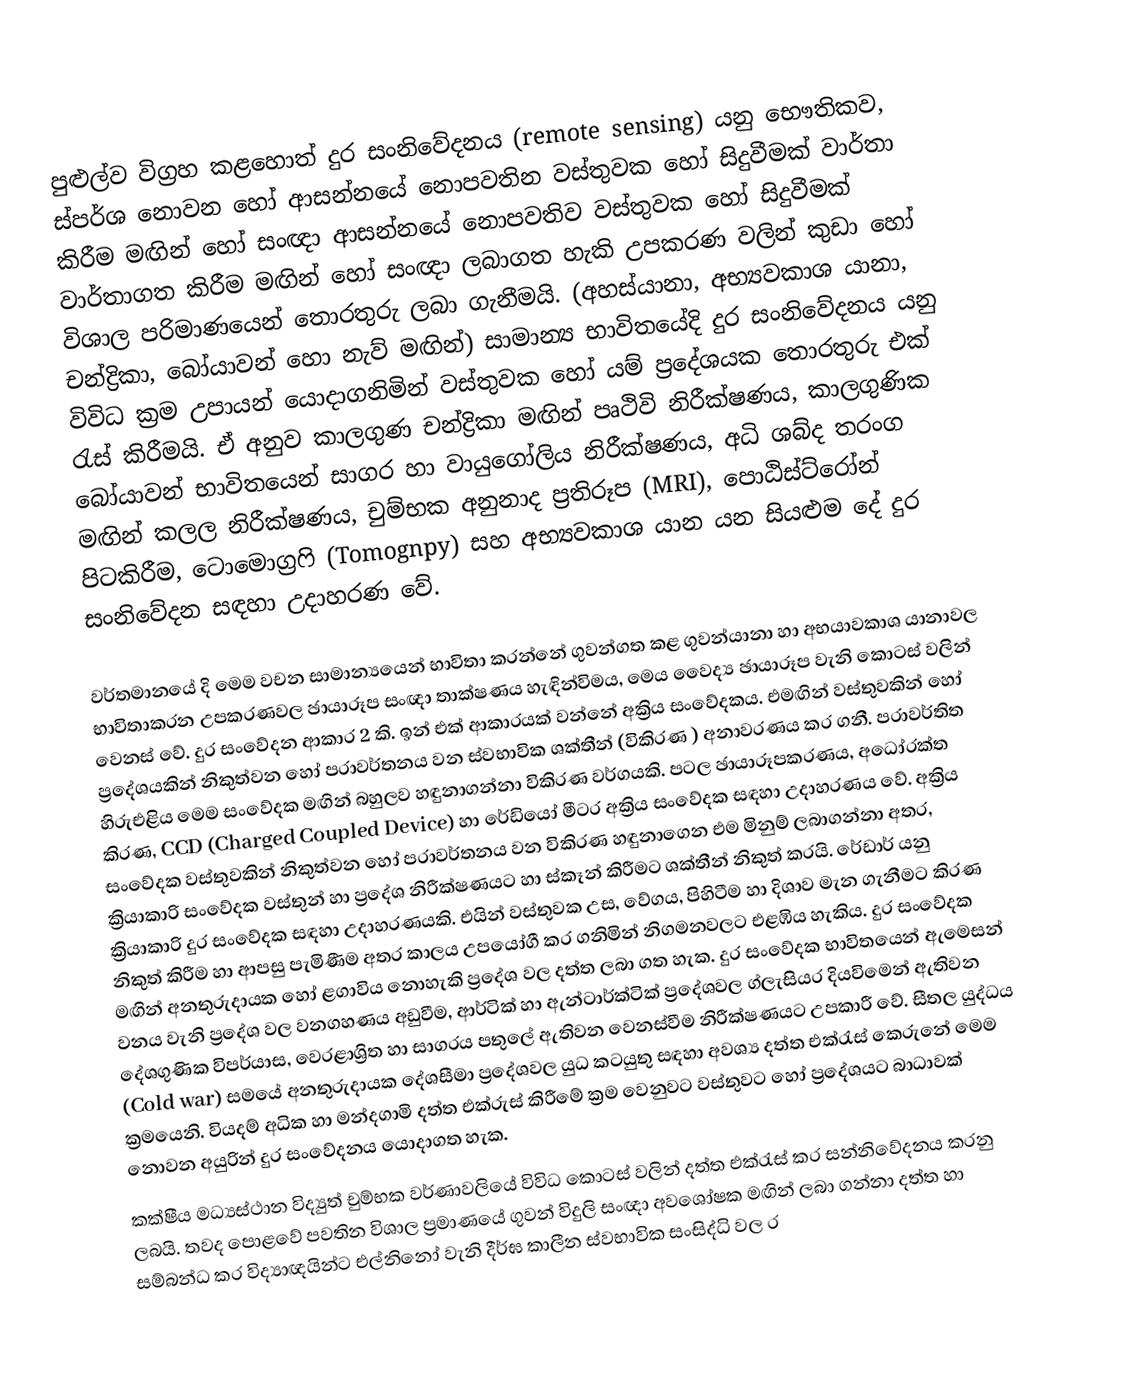
පුළුල්ව විග්‍රහ කළහොත් දුර සංනිවේදනය (remote sensing) යනු භෞතිකව, ස්පර්ශ නොවන හෝ ආසන්නයේ නොපවතින වස්තුවක ‍හෝ සිදුවීමක් වාර්තා කිරීම මඟින් හෝ සංඥා ආසන්නයේ නොපවතිව වස්තුවක හෝ සිදුවීමක් වාර්තාගත කිරීම මඟින් ‍හෝ සංඥා ලබාගත හැකි උපකරණ වලින් කුඩා හෝ විශාල පරිමාණයෙන් තොරතුරු ලබා ගැනීමයි. (අහස්යානා, අභ්‍යවකාශ යානා, චන්ද්‍රිකා, බෝයාවන් හො නැව් මඟින්) සාමාන්‍ය භාවිතයේදි දුර සංනිවේදනය යනු විවිධ ක්‍රම උපායන් යොදාගනිමින් වස්තුවක හෝ යම් ප්‍රදේශයක තොරතුරු එක් රැස් කිරීමයි. ඒ අනුව කාලගුණ චන්ද්‍රිකා මඟින් පෘථිවි නිරීක්ෂණය, කාලගුණික බෝයාවන් භාවිතයෙන් සාගර හා වායුගෝලිය නිරීක්ෂණය, අධි ශබ්ද තරංග මඟින් කලල නිරීක්ෂණය, චුම්භක අනුනාද ප්‍රතිරූප (MRI), පොඨිස්ට්රෝන් පිටකිරීම, ටොමොග්‍රෆි (Tomognpy) සහ අභ්‍යවකාශ යාන යන සියළුම දේ දුර සංනිවේදන සඳහා උදාහරණ වේ.

වර්තමානයේ දි මෙම වචන සාමාන්‍යයෙන් භාවිතා කරන්නේ ගුවන්ගත කළ ගුවන්යානා හා අභයාවකාශ යානාවල භාවිතාකරන උපකරණවල ඡායාරූප සංඥා තාක්ෂණය හැඳින්විමය, මෙය වෛද්‍ය ඡායාරූප වැනි කොටස් වලින් වෙනස් වේ. දුර සංවේදන ආකාර 2 කි. ඉන් එක් ආකාරයක් වන්නේ අක්‍රිය සංවේදකය. එමඟින් වස්තුවකින් හෝ ප්‍රදේශයකින් නිකුත්වන හෝ පරාවර්තනය වන ස්වභාවික ශක්තීන් (විකිරණ ) අනාවරණය කර ගනී. පරාවර්තිත හිරුඑළිය මෙම සංවේදක මඟින් බහුලව හඳුනාගන්නා විකිරණ වර්ගයකි. පටල ඡායාරූපකරණය, අධෝරක්ත කිරණ, CCD (Charged Coupled Device) හා රේඩියෝ මීටර අක්‍රිය සංවේදක සඳහා උදාහරණය වේ. අක්‍රිය සංවේදක වස්තුවකින් නිකුත්වන හෝ පරාවර්තනය වන විකිරණ හඳුනාගෙන එම මිනුම් ලබාගන්නා අතර, ක්‍රියාකාරි සං‍වේදක වස්තුන් හා ප්‍රදේශ නිරීක්ෂණයට හා ස්කෑන් කිරීමට ශක්තීන් නිකුත් කරයි. රේඩාර් යනු ක්‍රියාකාරි දුර සංවේදක සඳහා උදාහරණයකි. එයින් වස්තුවක උස, වේගය, පිහිටීම හා දිශාව මැන ගැනීමට කිරණ නිකුත් කිරීම හා ආපසු පැමිණීම අතර කාලය උපයෝගී කර ගනිමින් නිගමනවලට එළඹිය හැකිය. දුර සංවේදක මඟින් අනතුරුදායක හෝ ළගාවිය නොහැකි ප්‍රදේශ වල දත්ත ලබා ගත හැක. දුර සංවේදක භාවිතයෙන් ඇමෙසන් වනය වැනි ප්‍රදේශ වල වනගහණය අඩුවීම, ආර්ටික් හා ඇන්ටාර්ක්ටික් ප්‍රදේශවල ග්ලැසියර දියවිමෙන් ඇතිවන දේශගුණික විපර්යාස, වෙරළාශ්‍රිත හා සාගරය පතුලේ ඇතිවන වෙනස්වීම නිරීක්ෂණයට උපකාරී වේ. සීතල යුද්ධය (Cold war) සමයේ අනතුරුදායක දේශසීමා ප්‍රදේශවල යුධ කටයුතු සඳහා අවශ්‍ය දත්ත එක්රැස් කෙරුනේ මෙම ක්‍රමයෙනි. වියදම් අධික හා මන්දගාමි දත්ත එක්රුස් කිරීමේ ක්‍රම වෙනුවට වස්තුවට හෝ ප්‍රදේශයට බාධාවක් නොවන අයුරින් දුර සංවේදනය යොදාගත හැක.
කක්ෂීය මධ්‍යස්ථාන විද්‍යුත් චුම්භක වර්ණාවලියේ විවිධ කොටස් වලින් දත්ත එක්රැස් කර සන්නිවේදනය කරනු ලබයි. තවද පොළවේ පවතින විශාල ප්‍රමාණයේ ගුවන් විදුලි සංඥා අවශෝෂක මඟින් ලබා ගන්නා දත්ත හා සම්බන්ධ කර විද්‍යාඥයින්ට එල්නිනෝ වැනි දීර්ඝ කාලීන ස්වභාවික සංසිද්ධි වල ර